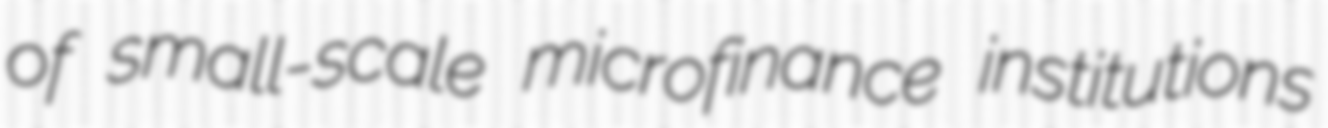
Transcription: of small-scale microfinance institutions